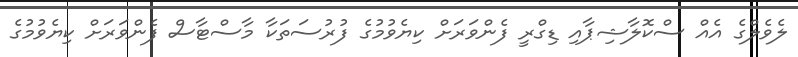
ލެވެލްގެ އެއް ސްކޮލާޝިޕާއި ޑިގްރީ ފެންވަރަށް ކިޔެވުމުގެ ފުރުސަތަކާ މާސްޓާސް ފެންވަރަށް ކިޔެވުމުގެ